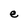
Character: e